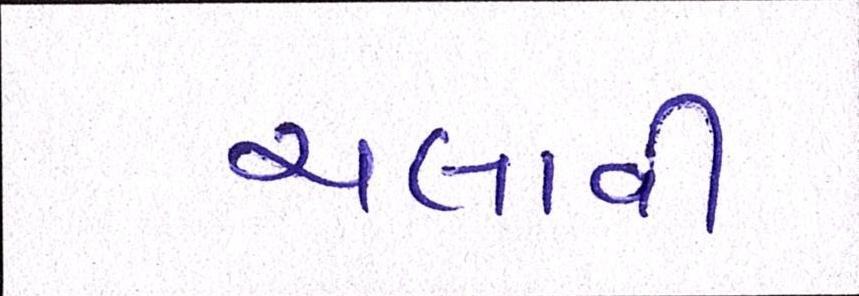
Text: ચલાવી